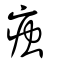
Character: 痋